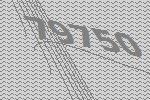
79750